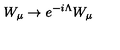
W _ { \mu } \rightarrow e ^ { - i \Lambda } W _ { \mu }